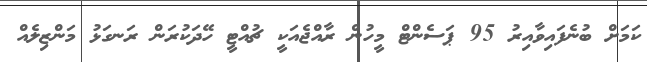
ކަމަށް ބުނެފައިވާއިރު 95 ޕަސެންޓް މީހުން ރާއްޖެއަކީ ޗުއްޓީ ހޭދަކުރަން ރަނގަޅު މަންޒިލެއް